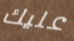
عليك